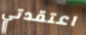
اعتقدتي